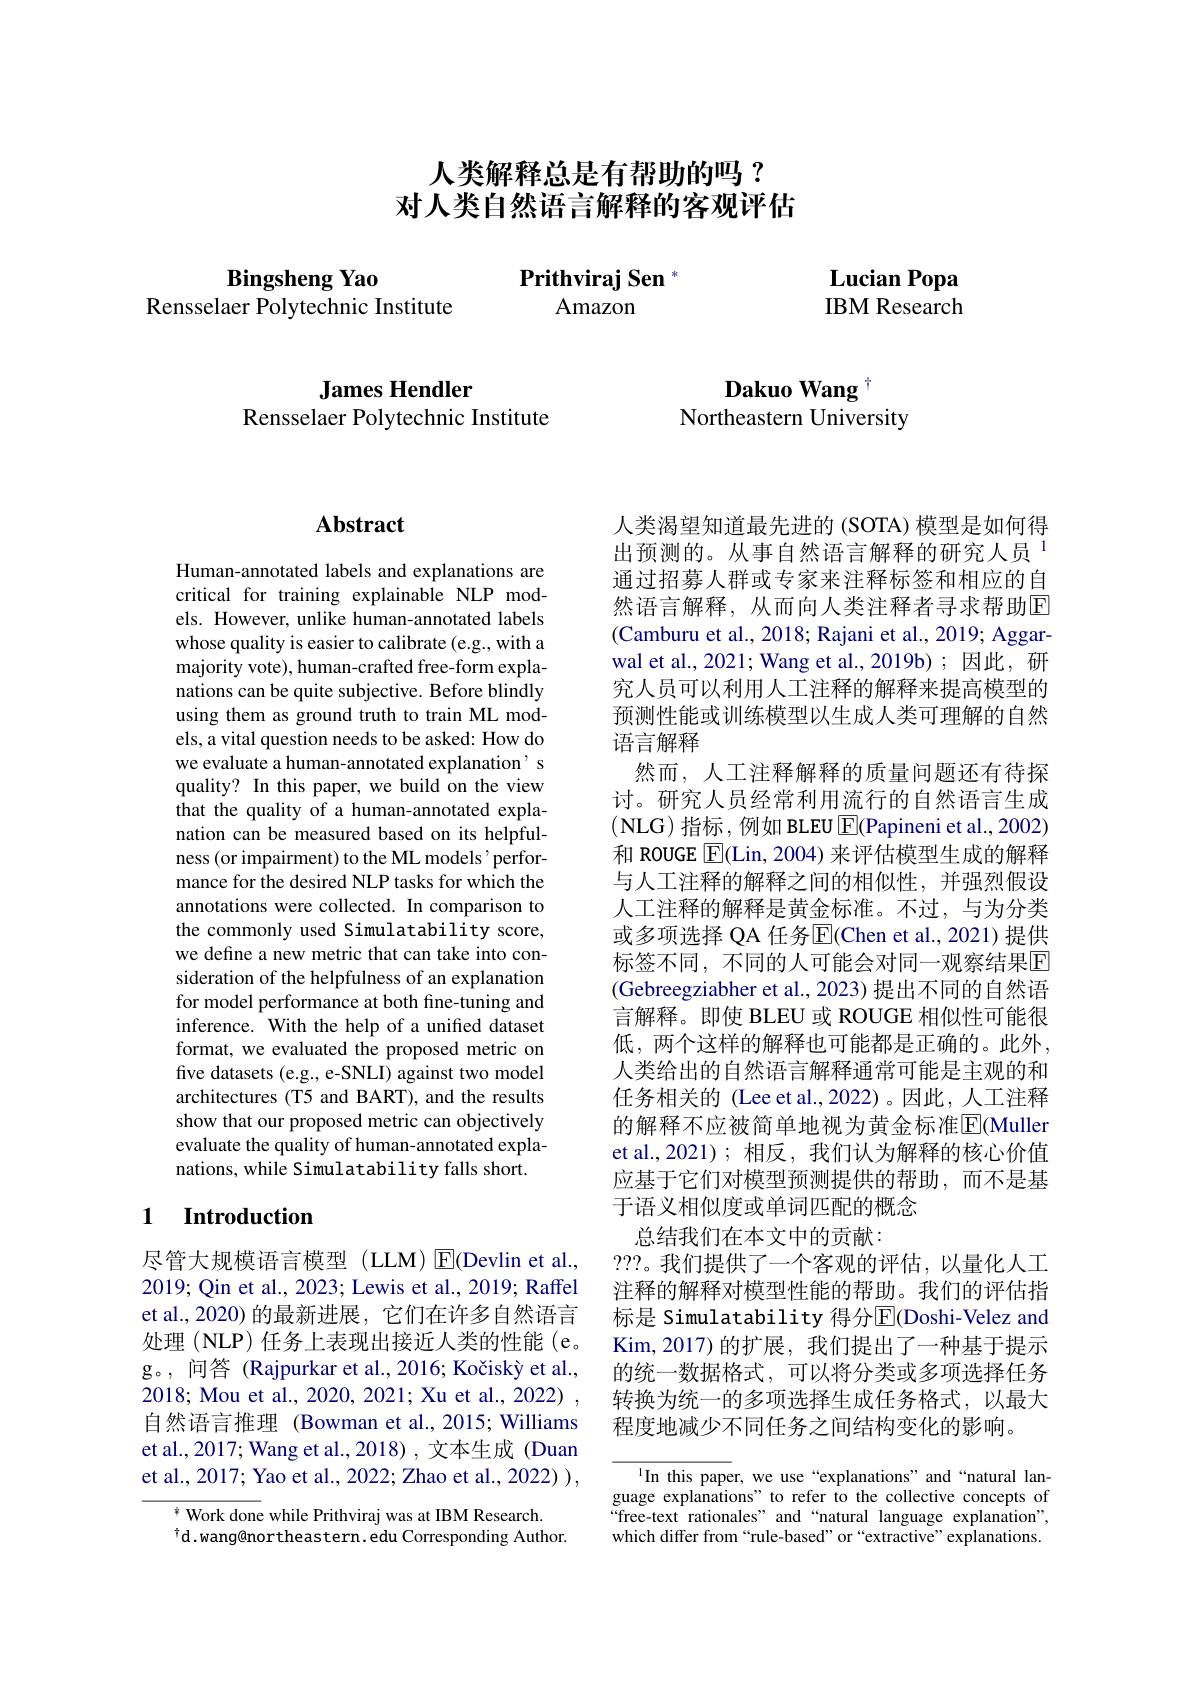
# 人类解释总是有帮助的吗？ 对人类自然语言解释的客观评估

Bingsheng Yao
Rensselaer Polytechnic Institute

Lucian Popa IBM Research

Dakuo Wang T
Northeastern University

## James Hendler
Rensselaer Polytechnic Institute

## $\mathbf{Abstract}$

Human-annotated labels and explanations are critical for training explainable NLP models. However, unlike human-annotated labels whose quality is easier to calibrate (e.g., with a majority vote), human-crafted free-form explanations can be quite subjective. Before blindly using them as ground truth to train ML models, a vital question needs to be asked: How do we evaluate a human-annotated explanation' s quality? In this paper, we build on the view that the quality of a human-annotated explanation can be measured based on its helpfulness (or impairment) to the ML models ' performance for the desired NLP tasks for which the annotations were collected. In comparison to the commonly used Simulatability score, we define a new metric that can take into consideration of the helpfulness of an explanation for model performance at both fine-tuning and inference. With the help of a unified dataset format, we evaluated the proposed metric on five datasets (e.g., e-SNLI) against two model architectures (T5 and BART), and the results show that our proposed metric can objectively evaluate the quality of human-annotated explanations, while Simulatability falls short.

## 1 Introduction

尽管大规模语言模型(LLM)$\operatorname{E}$(Devlin et al., 2019; Qin et al., 2023; Lewis et al., 2019; Raffel et al., 2020) 的最新进展，它们在许多自然语言处理(NLP) 任务上表现出接近人类的性能 (e。g。, 问答 (Rajpurkar et al.,2016; Kočiský et al., 2018; Mou et al., 2020, 2021; Xu et al., 2022) , 自然语言推理 (Bowman et al., 2015; Williams et al., 2017; Wang et al., 2018) , 文本生成 (Duan et al., 2017; Yao et al., 2022; Zhao et al., 2022) ),

$^{*}$ Work done while Prithviraj was at IBM Research.
$^{\dagger}$d.wang@northeastern.edu Corresponding Author.

人类渴望知道最先进的 (SOTA) 模型是如何得出预测的。从事自然语言解释的研究人员$^{1}$ 通过招募人群或专家来注释标签和相应的自然语言解释，从而向人类注释者寻求帮助$\overline{\mathrm{E}}$ (Camburu et al., 2018; Rajani et al., 2019; Aggarwal et al., 2021; Wang et al., 2019b); 因此，研究人员可以利用人工注释的解释来提高模型的预测性能或训练模型以生成人类可理解的自然语言解释
然而，人工注释解释的质量问题还有待探讨。研究人员经常利用流行的自然语言生成(NLG)指标，例如 BLEU $\overline{\mathrm{E}}$(Papineni et al., 2002) 和 ROUGE $\boxed{\mathrm{F}}($Lin, 2004) 来评估模型生成的解释与人工注释的解释之间的相似性，并强烈假设人工注释的解释是黄金标准。不过，与为分类或多项选择 QA 任务$\overline{\mathrm{E}}($Chen et al., 2021)提供标签不同，不同的人可能会对同一观察结果$\overline{\mathrm{E}}$ (Gebreegziabher et al., 2023) 提出不同的自然语言解释。即使 BLEU 或 ROUGE 相似性可能很低，两个这样的解释也可能都是正确的。此外， 人类给出的自然语言解释通常可能是主观的和任务相关的 (Lee et al.,2022)。因此，人工注释的解释不应被简单地视为黄金标准$\overline{\mathrm{E}}($Muller et al.,2021); 相反，我们认为解释的核心价值应基于它们对模型预测提供的帮助，而不是基于语义相似度或单词匹配的概念
总结我们在本文中的贡献：
???。我们提供了一个客观的评估，以量化人工注释的解释对模型性能的帮助。我们的评估指标是 Simulatability 得分$\overline{\mathrm{E}}$(Doshi-Velez and Kim, 2017) 的扩展，我们提出了一种基于提示的统一数据格式，可以将分类或多项选择任务转换为统一的多项选择生成任务格式，以最大程度地减少不同任务之间结构变化的影响。

In this paper, we use“explanations”and“natural language explanations" to refer to the collective concepts of free-text rationales" and“natural language explanation", which differ from “rule-based” or “extractive”explanations.